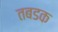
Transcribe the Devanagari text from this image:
तबडक